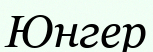
Юнгер